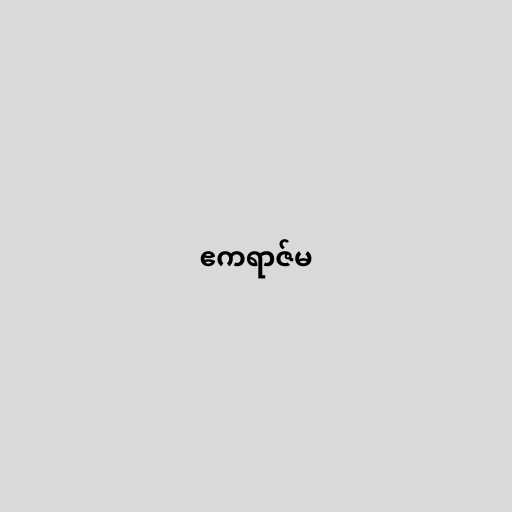
ဧကရာဇ်မ